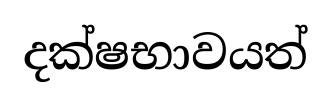
දක්ෂභාවයත්